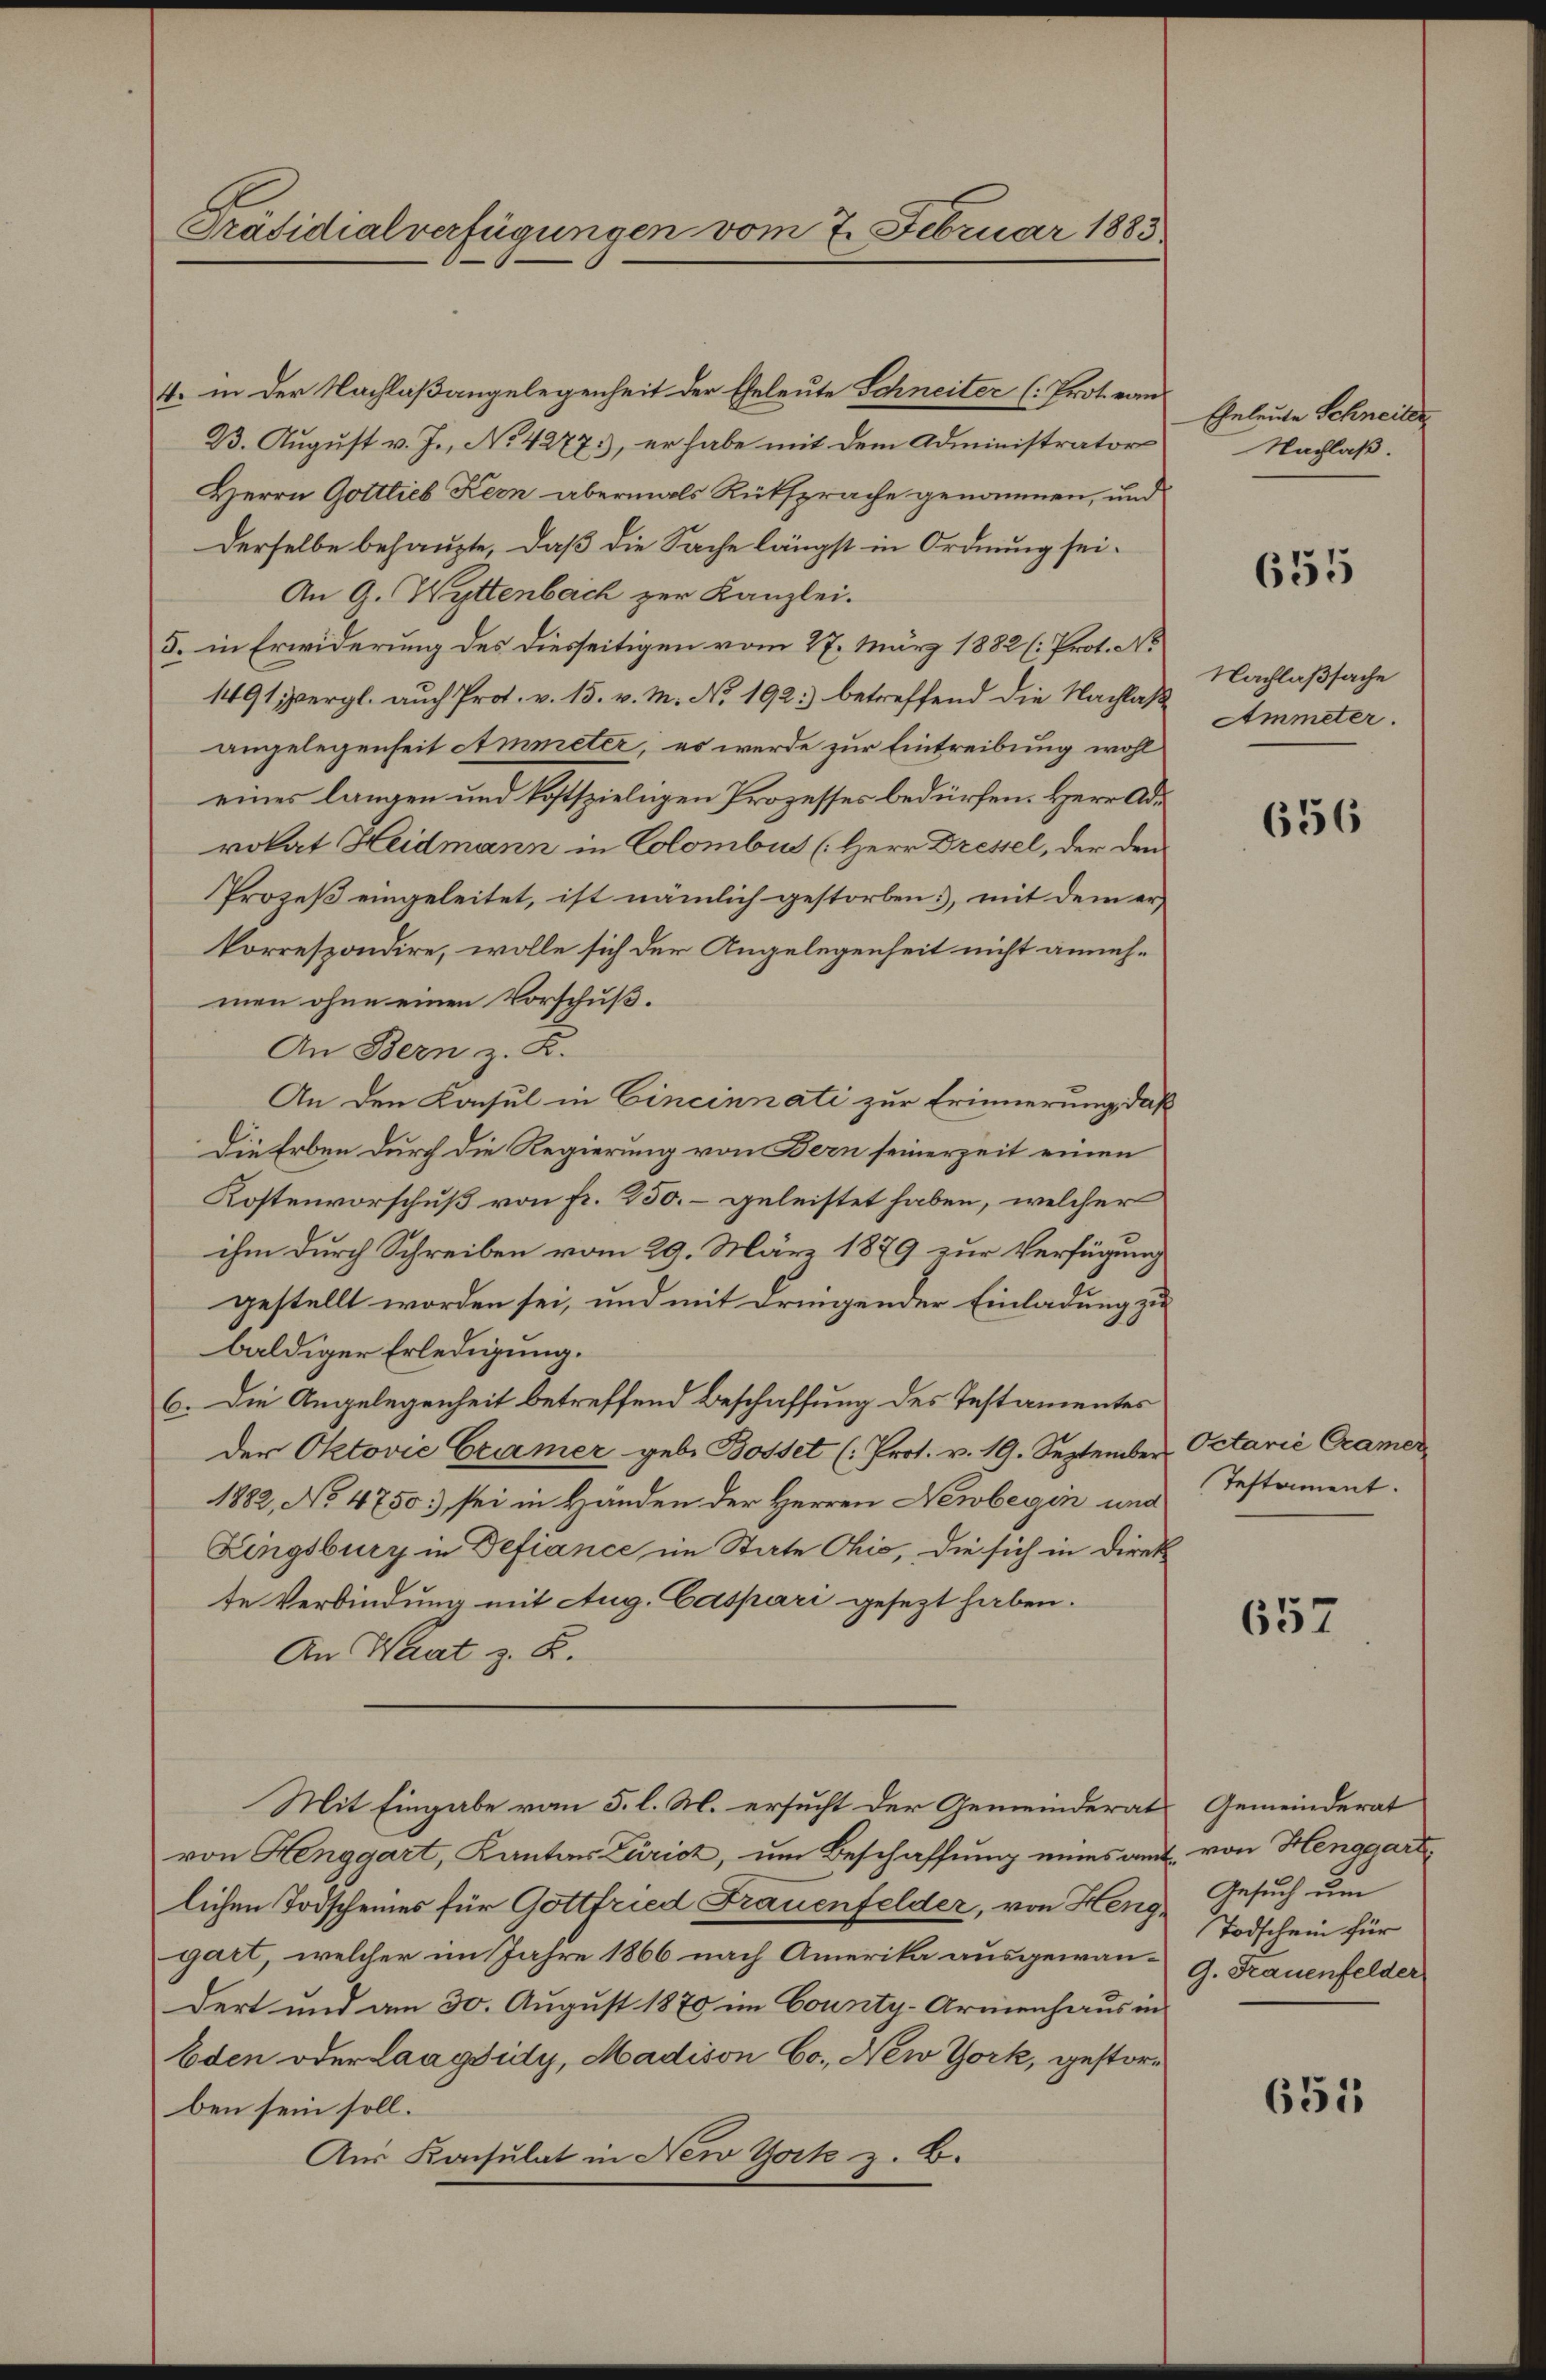
Präsidialverfügungen vom 7. Februar 1883.

4. in der Nachlaßangelegenheit der Eheleute Schneiter (Prot. von
B. August v. J., No 4277, er habe mit dem Administrator
Herrn Gottlieb Kern abermals Rüksprache genommen, und
Derselbe behaupte, daß die Sache längst in Ordnung sei¬
An G. Wyttenbach zur Kanzlei.
5. in Erwiderung des diesseitigen vom 27. März 1882 (: Prot. No
1491 vergl. auch Prot. v. 15. v. M. No. 192.) betreffend die Nachlaß Ammeter.
angelegenheit Ammeter, es werde zur Eintreibung wohl
eines langen und kostspieligen Prozesses bedürfen. Herr Adm
rokat Heidmann in Colombus (Herr Dressel, der den
Prozeß eingeleitet, ist nämlich gestorben, mit dem er
korrespondire, wolle sich der Angelegenheit nicht annehmen ohne einen Vorschuß.
An Bern z. B.
An den Konsul in Cincinnati zur Erinnerung, daß
Die Erben durch die Regierung von Bern seinerzeit einen
Kostenvorschuß von fr. 250. – geleistet haben, welcher
ihm durch Schreiben vom 29. März 1879 zur Verfügung
gestellt worden sei, und mit dringender Einladung zu
baldiger Erledigung.
6. Die Angelegenheit betreffend Beschaffung des Testamentes
der Oktović Cramer gebe Bosset (: Prot. v. 19. September
1882, No 4750. sei in Händen der Herren Newbegin und
Lingsburg in Defiance im State Chio, die sich in Direkte Verbindung mit Aug. Caspari gesezt haben.
An Haat z. B.
Mit Eingabe vom 5. l. M. ersucht der Gemeinderat
von Henggart, Kanton Zürich, um Beschaffung eines am
lichen Todscheines für Gottfried Frauenfelder, von Henggart, welcher im Jahre 1866 nach Amerika ausgewandert und am 30. August 1870 im County-Armenhaus in
Eden oder Laagsidy, Madison Co. New York, gestorben sein soll.
Aus Kacsulat in New York z. B.

Eheleute Schneiter
Nachlaß.

655

Nachlaßsache

656

Oetarié Cramer
Testament.

657

Gemeinderat
. von Henggart,
Gesuch um
Todschein für
G. Frauenfelder

655